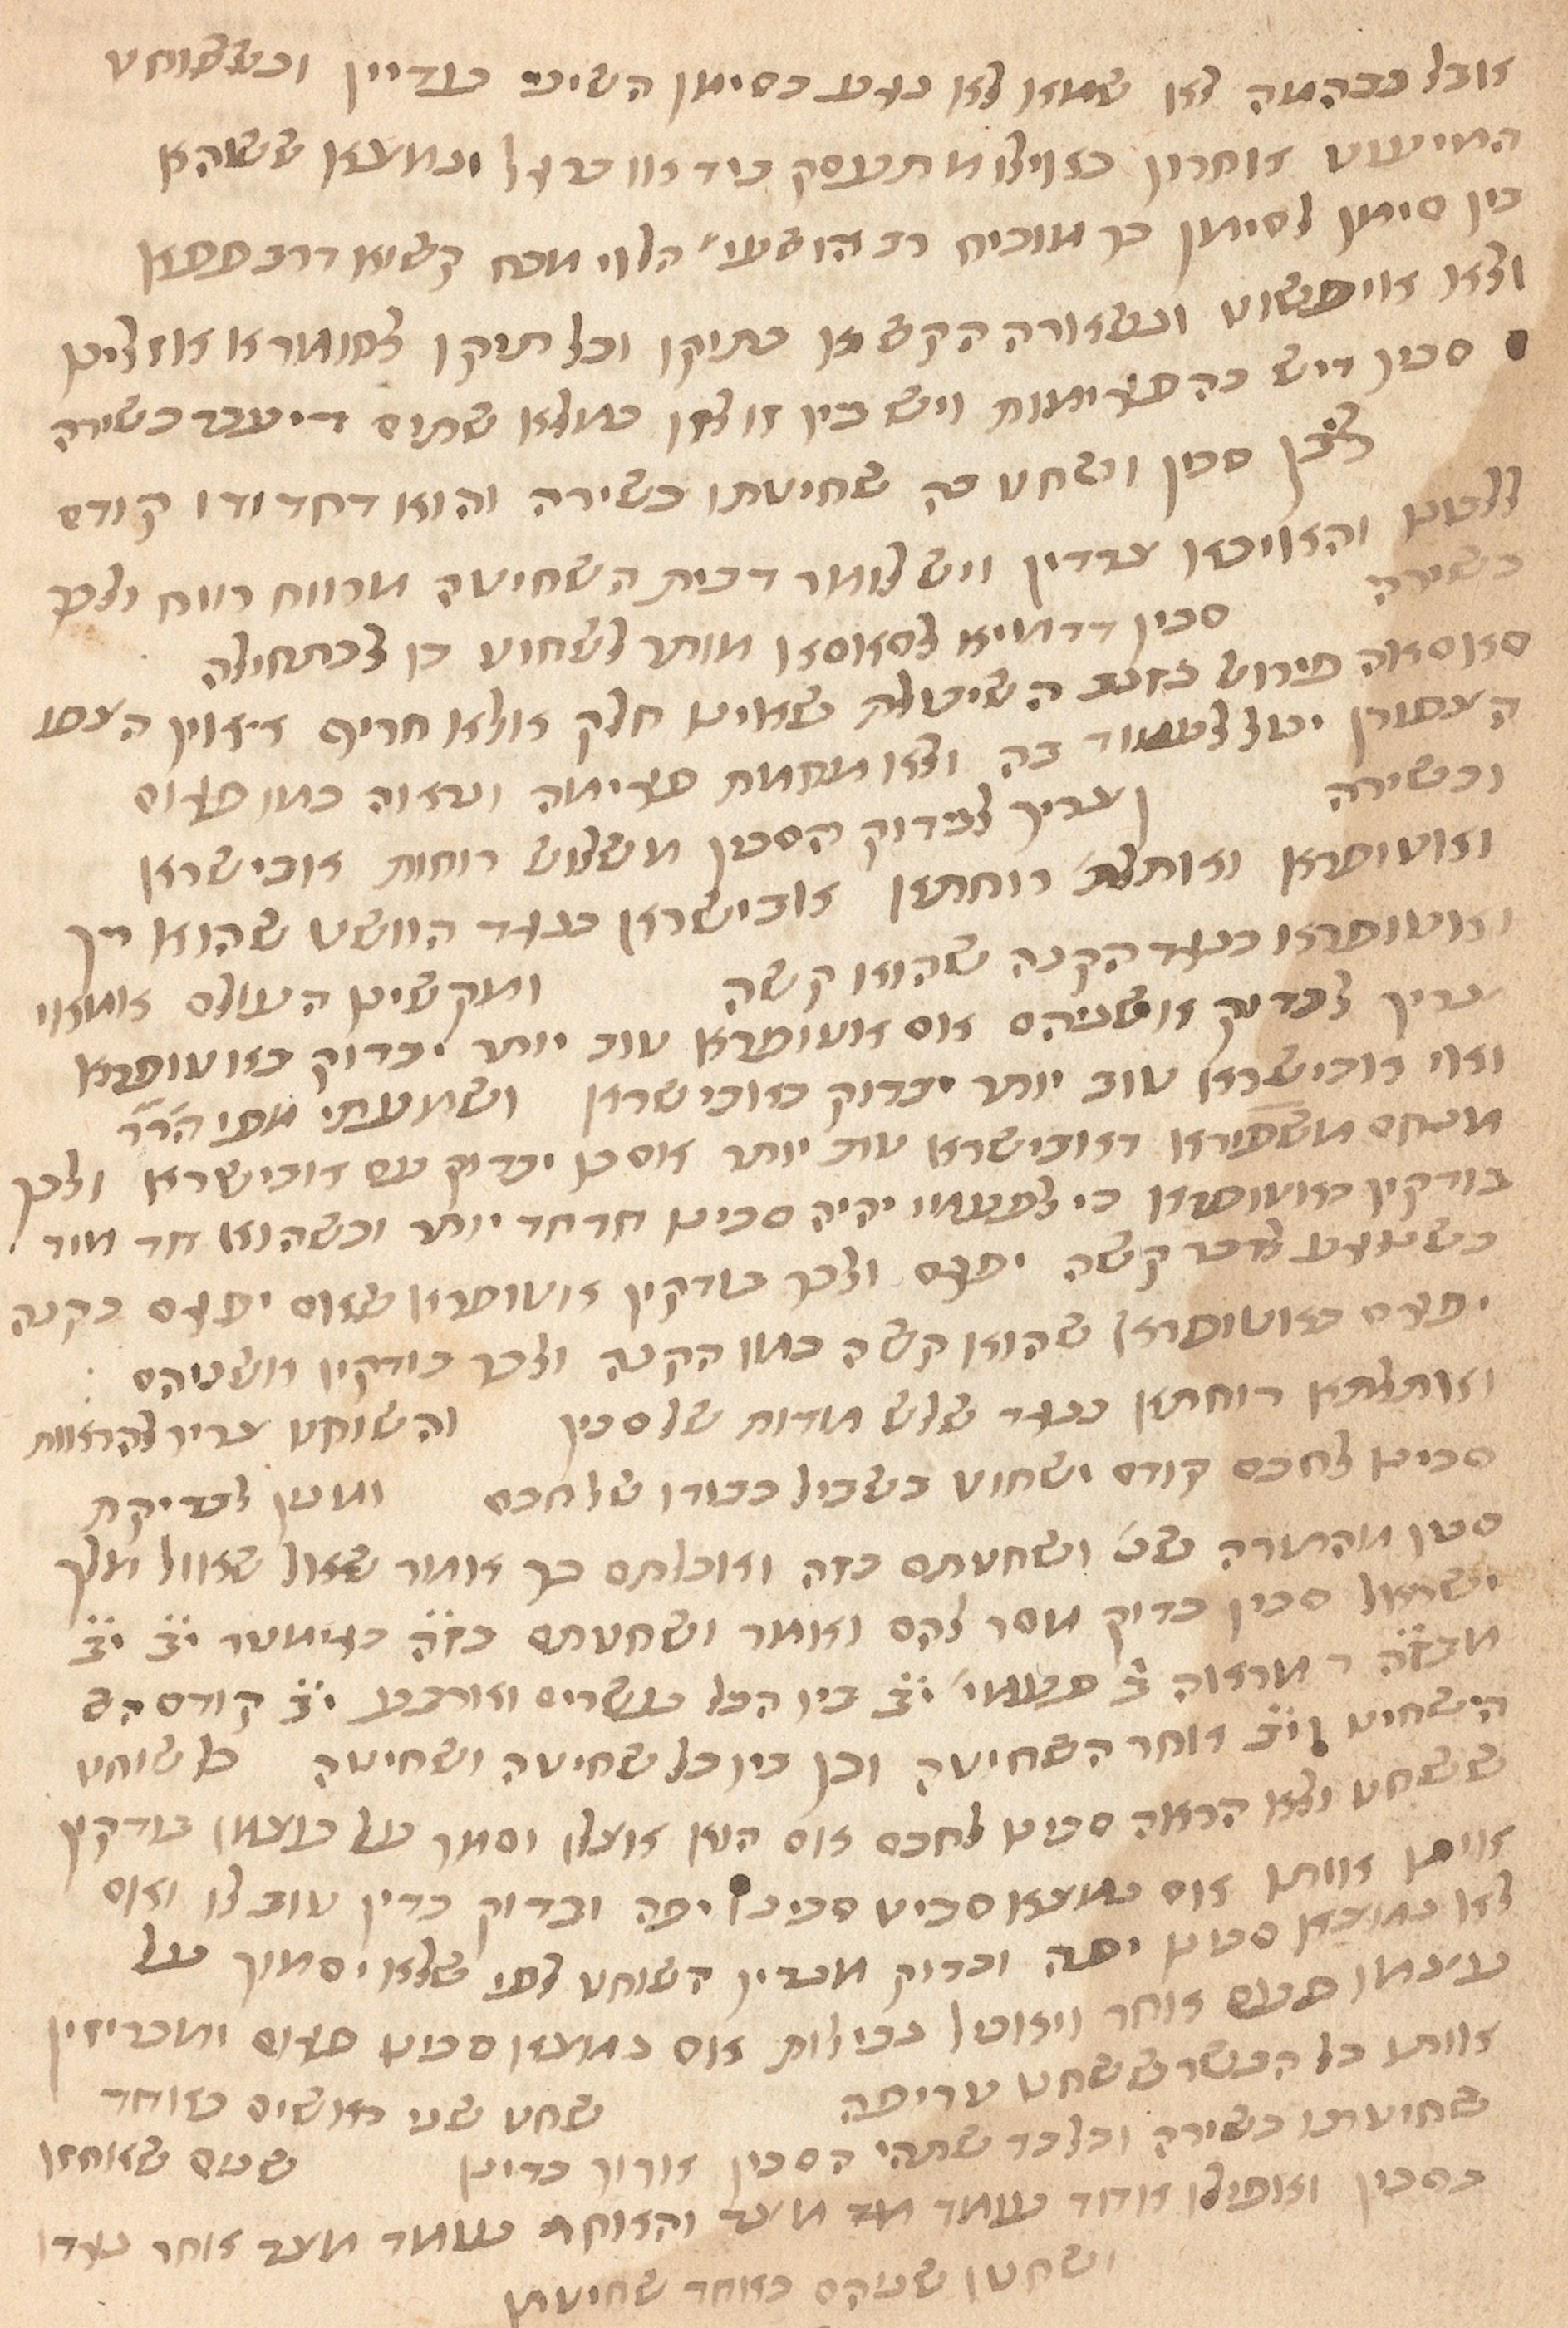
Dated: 1435–1465